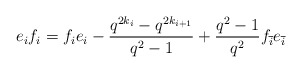
\begin{align*}e_if_i = f_ie_i - \frac{q^{2k_i}-q^{2k_{i+1}}}{q^2-1} + \frac{q^2-1}{q^2}f_{\overline{i}}e_{\overline{i}}\end{align*}